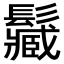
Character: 𩯩